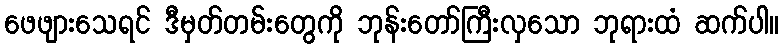
ဖေဖျားသေရင် ဒီမှတ်တမ်းတွေကို ဘုန်းတော်ကြီးလှသော ဘုရားထံ ဆက်ပါ။